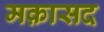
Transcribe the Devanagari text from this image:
मक़ासद